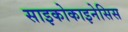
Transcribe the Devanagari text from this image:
साइकोकाइनेसिस